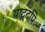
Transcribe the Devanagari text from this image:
याद्दपि